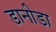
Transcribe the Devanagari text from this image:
डानीडा